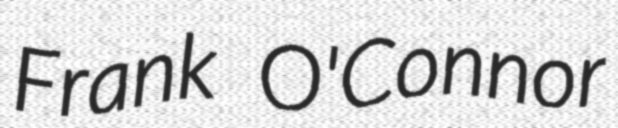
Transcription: Frank O'Connor